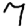
Digit: 7